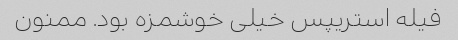
فیله استریپس خیلی خوشمزه بود. ممنون